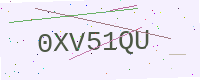
Text: 0XV51QU